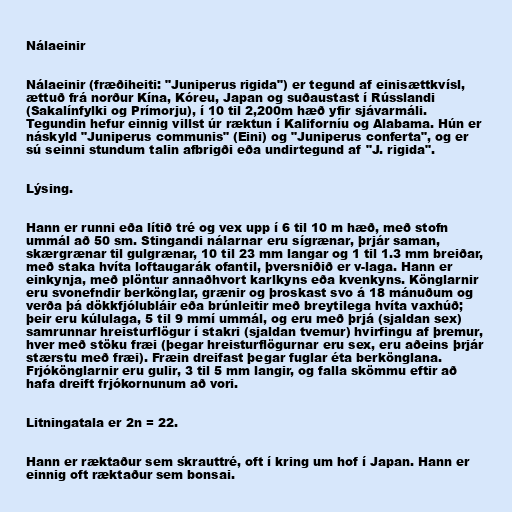
Nálaeinir

Nálaeinir (fræðiheiti: "Juniperus rigida") er tegund af einisættkvísl,
ættuð frá norður Kína, Kóreu, Japan og suðaustast í Rússlandi
(Sakalínfylki og Prímorju), í 10 til 2,200m hæð yfir sjávarmáli.
Tegundin hefur einnig villst úr ræktun í Kaliforníu og Alabama. Hún er
náskyld "Juniperus communis" (Eini) og "Juniperus conferta", og er
sú seinni stundum talin afbrigði eða undirtegund af "J. rigida".

Lýsing.

Hann er runni eða lítið tré og vex upp í 6 til 10 m hæð, með stofn
ummál að 50 sm. Stingandi nálarnar eru sígrænar, þrjár saman,
skærgrænar til gulgrænar, 10 til 23 mm langar og 1 til 1.3 mm breiðar,
með staka hvíta loftaugarák ofantil, þversniðið er v-laga. Hann er
einkynja, með plöntur annaðhvort karlkyns eða kvenkyns. Könglarnir
eru svonefndir berkönglar, grænir og þroskast svo á 18 mánuðum og
verða þá dökkfjólubláir eða brúnleitir með breytilega hvíta vaxhúð;
þeir eru kúlulaga, 5 til 9 mmí ummál, og eru með þrjá (sjaldan sex)
samrunnar hreisturflögur í stakri (sjaldan tvemur) hvirfingu af þremur,
hver með stöku fræi (þegar hreisturflögurnar eru sex, eru aðeins þrjár
stærstu með fræi). Fræin dreifast þegar fuglar éta berkönglana.
Frjókönglarnir eru gulir, 3 til 5 mm langir, og falla skömmu eftir að
hafa dreift frjókornunum að vori.

Litningatala er 2n = 22.

Hann er ræktaður sem skrauttré, oft í kring um hof í Japan. Hann er
einnig oft ræktaður sem bonsai.